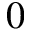
0